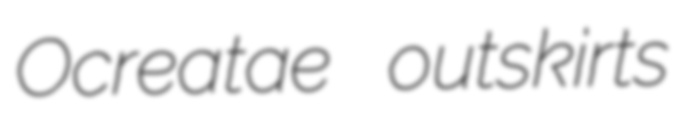
Ocreatae outskirts